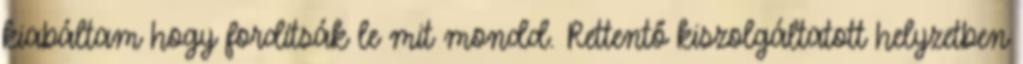
kiabáltam hogy fordítsák le mit mondd. Rettentő kiszolgáltatott helyzetben